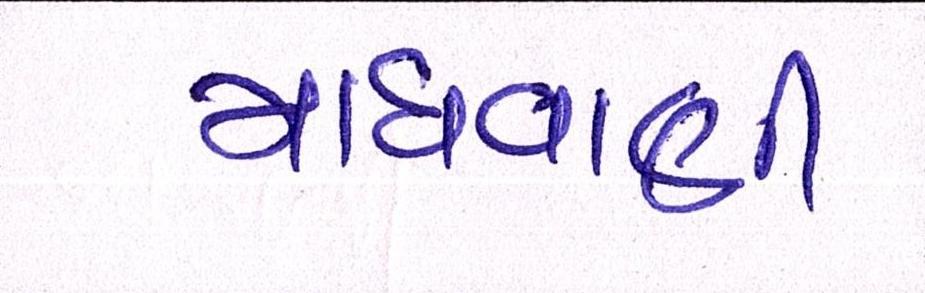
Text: માધવાણી